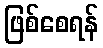
ဖြစ်စေရန်